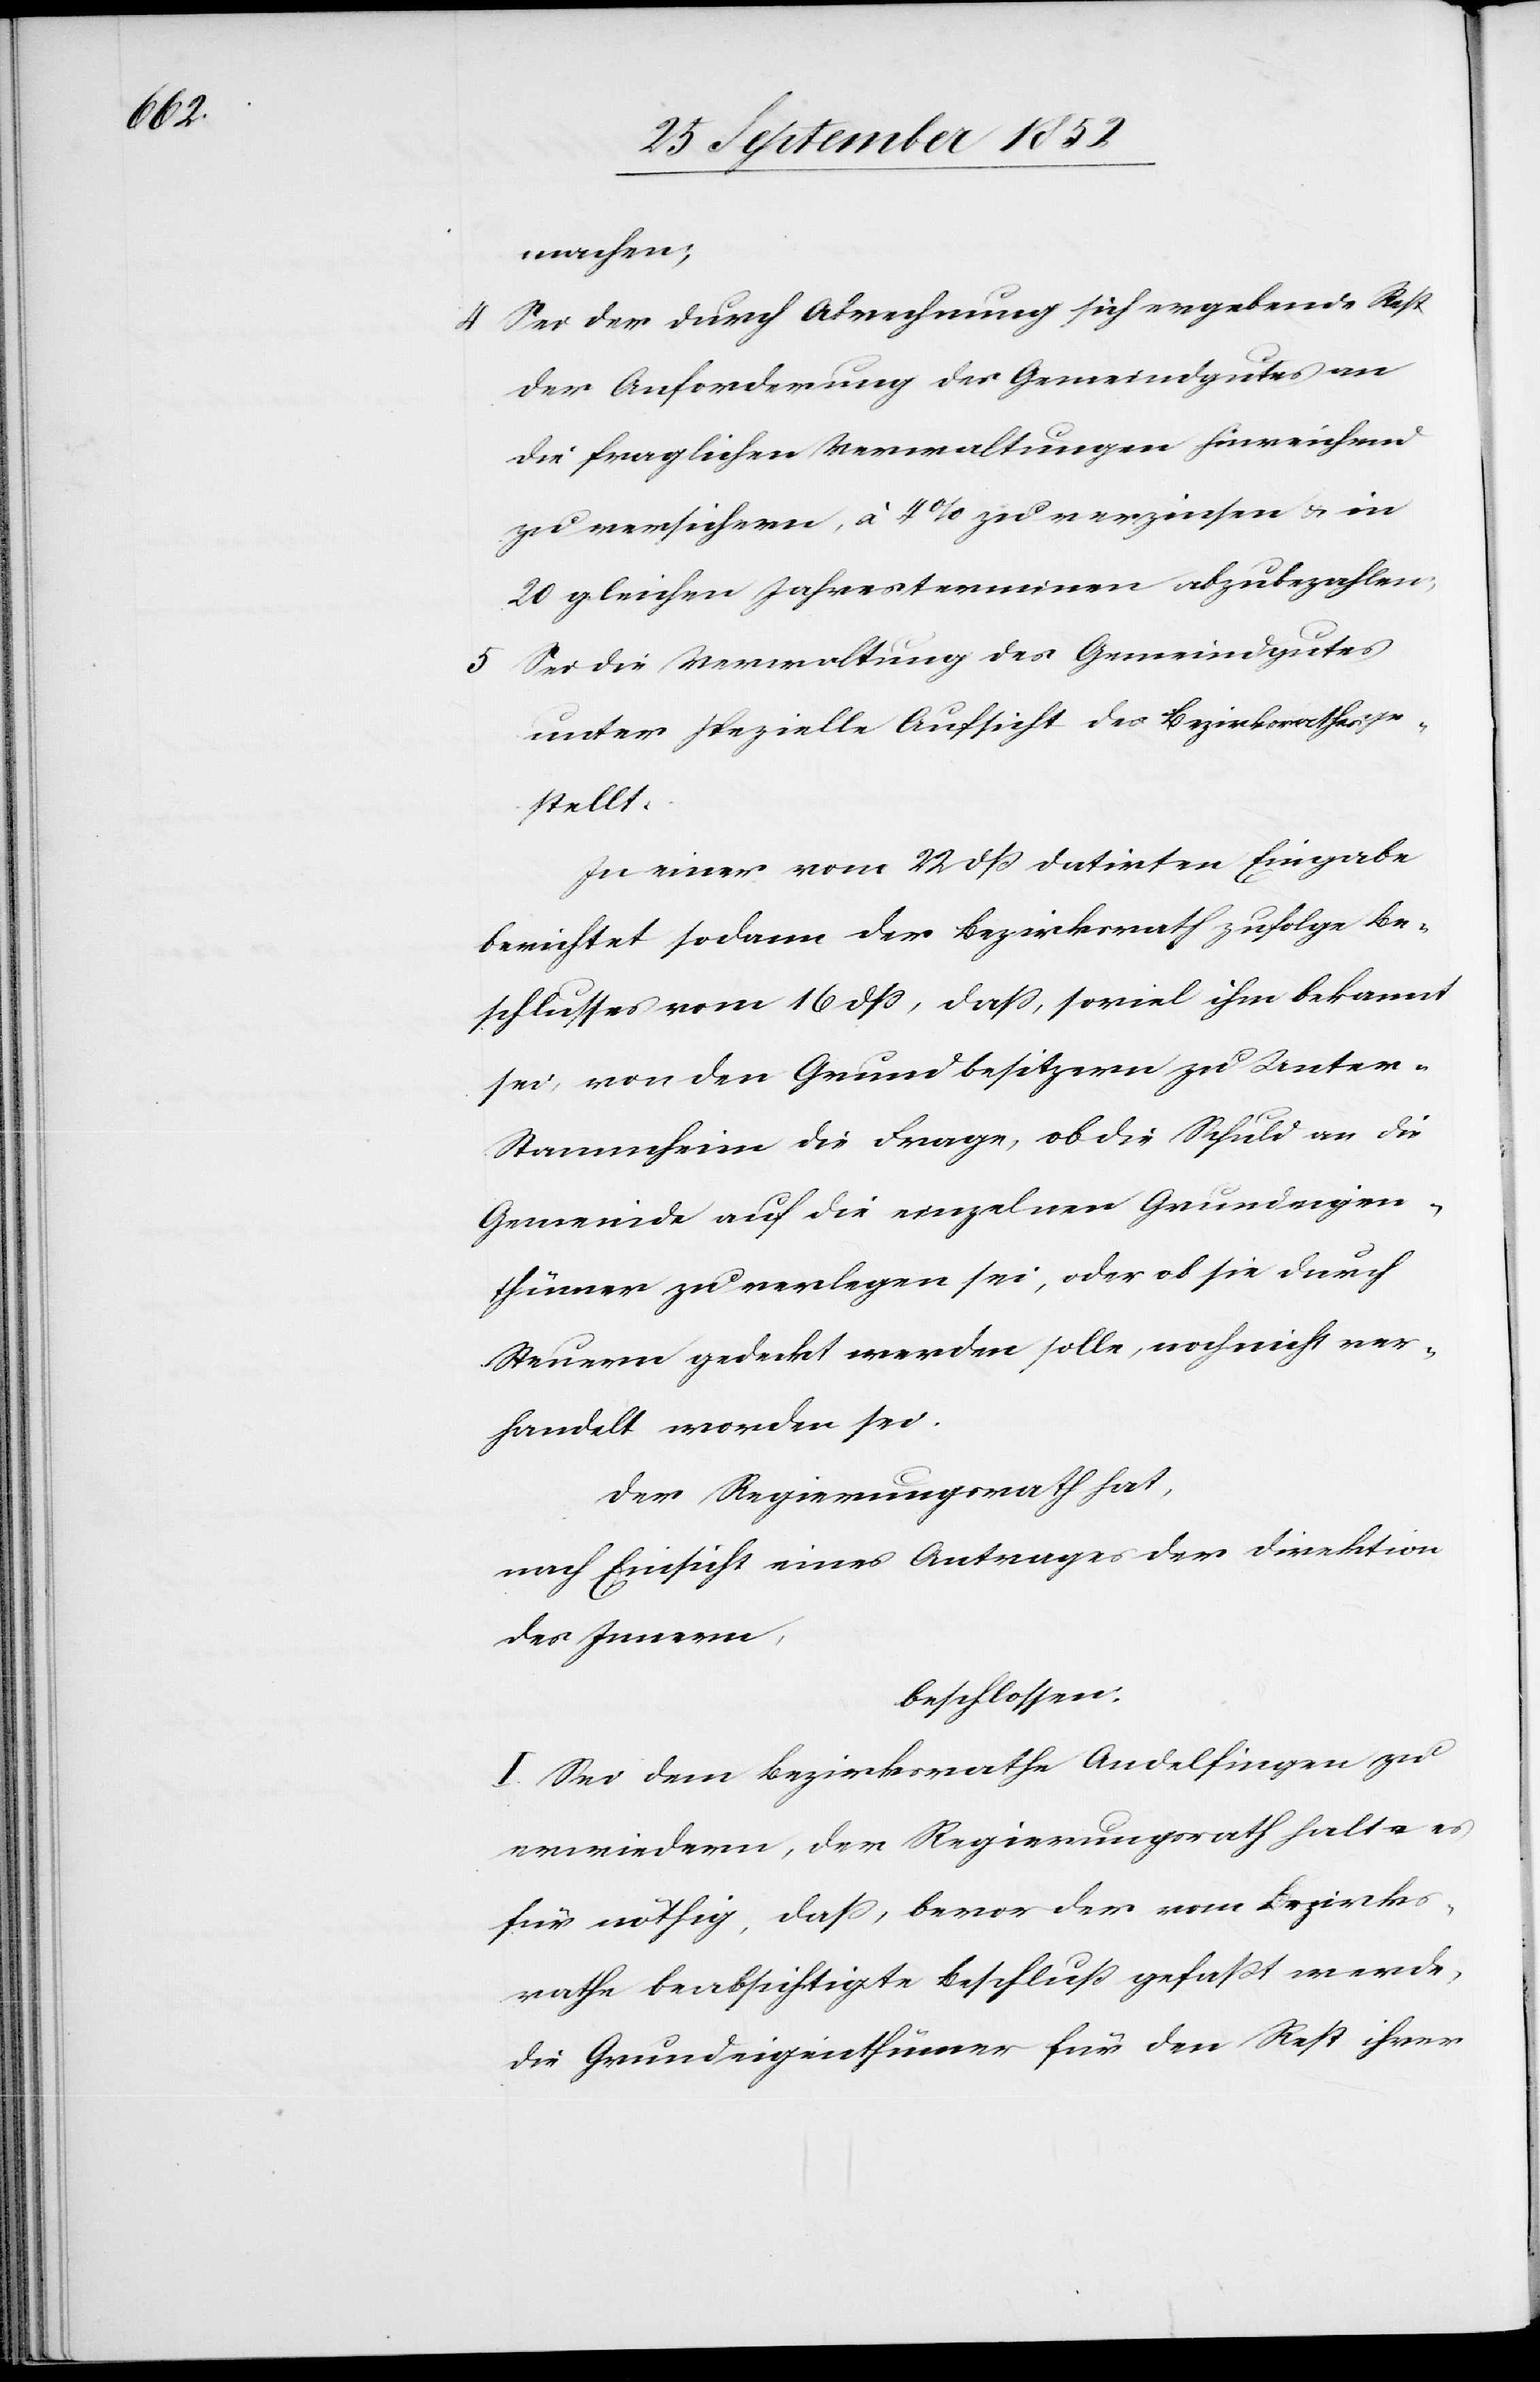
machen;
Sei der durch Abrechnung sich ergebende Rest
der Anforderung des Gemeindgutes an
die fraglichen Verwaltungen hinreichend
zu versichern, à 4% zu verzinsen & in
20 gleichen Jahresterminen abzubezahlen;
Sei die Verwaltung des Gemeindgutes
unter spezielle Aufsicht des Bezirksrathes ge¬
stellt.
In einer vom 22 dß datirten Eingabe
berichtet sodann der Bezirksrath zufolge Be¬
schlusses vom 16 dss, dass, soviel ihm bekannt
sei, von den Grundbesitzern zu Unter-S¬
tammheim die Frage, ob die Schuld an die
Gemeinde auf die einzelnen Grundeigen¬
thümer zu verlegen sei, oder ob sie durch
Steuern gedeckt werden solle, noch nicht ver¬
handelt worden sei.
Der Regierungsrath hat,
nach Einsicht eines Antrages der Direktion
des Innern,
beschlossen:
I. Sei dem Bezirksrathe Andelfingen zu
erwiedern, der Regierungsrath halte es
für nöthig, daß, bevor der vom Bezirks¬
rathe beabsichtigte Beschluß gefaßt werde,
die Grundeigenthümer für den Rest ihrer